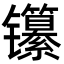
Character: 𬮃